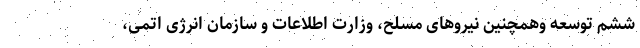
ششم توسعه وهمچنین نیروهای مسلح، وزارت اطلاعات و سازمان انرژی اتمی،